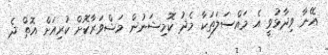
އޭނާ ވިދާޅުވީ އެ މައްސަލަތަކާ މެދު ކޮމިޝަނުން މަޝްވަރާކޮށް ކުރިއަށް އޮތް ދެ